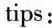
tips: